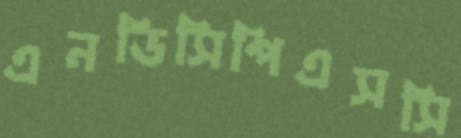
এনডিসিপিএসসি